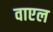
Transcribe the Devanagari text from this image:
वाएल